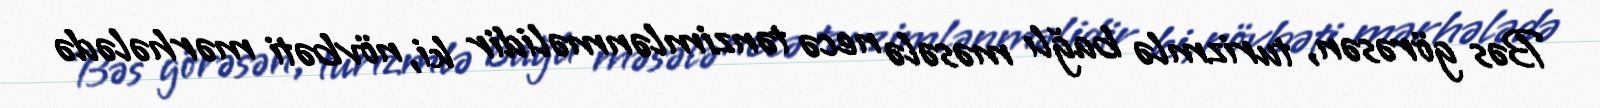
Bəs görəsən, turizmlə bağlı məsələ necə tənzimlənməlidir ki, növbəti mərhələdə